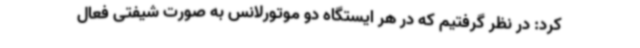
کرد: در نظر گرفتیم که در هر ایستگاه دو موتورلانس به صورت شیفتی فعال